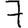
Digit: 7